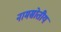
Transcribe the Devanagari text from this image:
नामस्रोतीय